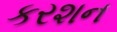
કરશન